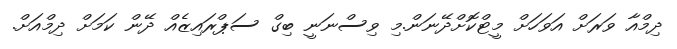
ދިމްއާ ވަރަށް އަވަހަށް މީޓްކޮށްދޭނަން.މި ވިސްނަނީ ބިގް ސަޕްރައިޒެއް ދޭން ކަމަށް ދިމްއަށް.